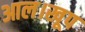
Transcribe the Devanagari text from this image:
आल।खूप